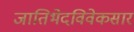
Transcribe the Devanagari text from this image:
जातिभेदविवेकसार